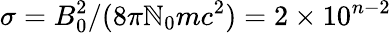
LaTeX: \sigma=B_{0}^{2}/(8\pi\mathbb{N}_{0}mc^{2})=2\times10^{n-2}